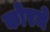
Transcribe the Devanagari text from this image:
कोरमे